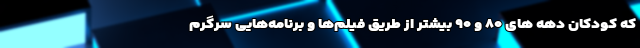
که کودکان دهه های ۸۰ و ۹۰ بیشتر از طریق فیلم‌ها و برنامه‌هایی سرگرم